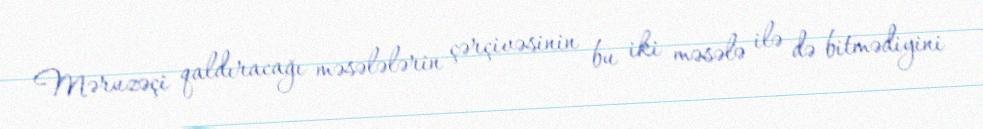
Məruzəçi qaldıracağı məsələlərin çərçivəsinin bu iki məsələ ilə də bitmədiyini